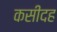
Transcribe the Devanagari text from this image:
कसीदह